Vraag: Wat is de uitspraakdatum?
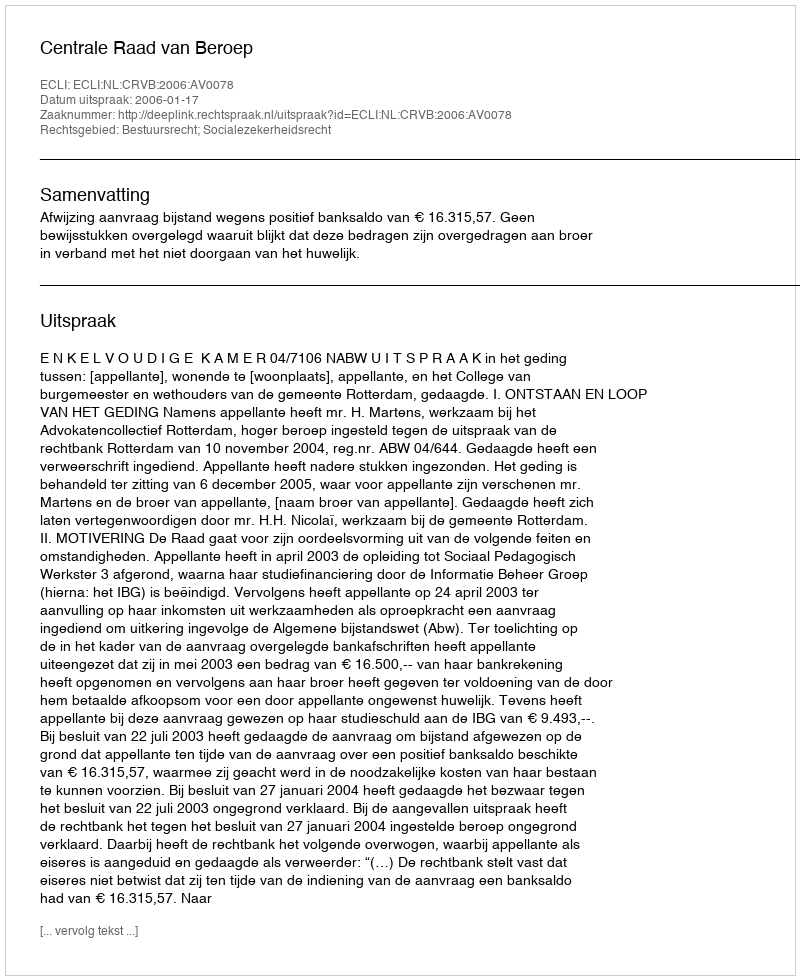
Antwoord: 2006-01-17